Source: Handwritten
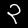
Digit: ၃ (3)